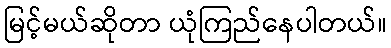
မြင့်မယ်ဆိုတာ ယုံကြည်နေပါတယ်။